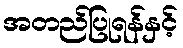
အတည်ပြုရန်နှင့်